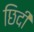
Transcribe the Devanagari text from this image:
छिदी